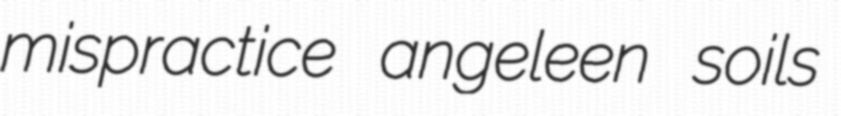
mispractice angeleen soils